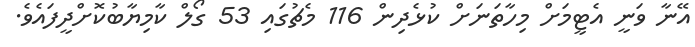
އޭނާ ވަނީ އެޓީމަށް މިހާތަނަށް ކުޅެދިން 116 މެޗުގައި 53 ގޯލް ކާމިޔާބުކޮށްދީފައެވެ.